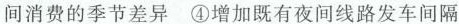
间消费的季节差异④增加既有夜间线路发车间隔